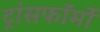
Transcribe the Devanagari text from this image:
ट्रांसफॉर्मों